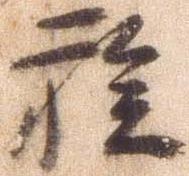
族